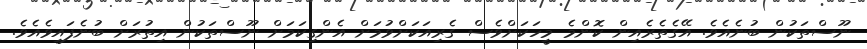
ނޫސްތަކުން ބުނެއެވެ. އޭގެތެރެއިން ކޮންމެ މީހަކަށްވެސް ގެރިއަކަށްވުމަށް އެންގިކަމަށް ނޫސްތަކުން އިތުރަށް ބުނެފައިވެއެވެ.